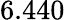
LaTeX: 6.440